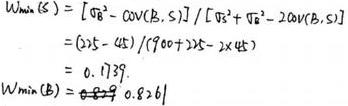
\[
\begin{align*}
W_{min}(S)&=[\sigma_B^2 - \text{Cov}(B,S)]/[\sigma_B^2 + \sigma_S^2 - 2\text{Cov}(B,S)]\\
&=(215 - 45)/(900 + 225 - 2\times45)\\
&= 0.1739\\
W_{min}(B)&= 0.8261
\end{align*}
\]